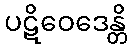
ပဋိဝေဒေန္တိ